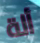
ألة